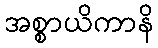
အစ္စာယိကာနိ